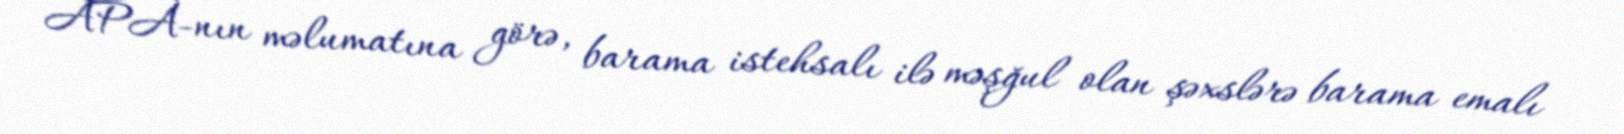
APA-nın məlumatına görə, barama istehsalı ilə məşğul olan şəxslərə barama emalı